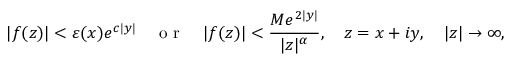
\vert f ( z ) \vert < \varepsilon ( x ) e ^ { c \vert y \vert } \quad \textrm { o r } \quad \vert f ( z ) \vert < \frac { M e ^ { 2 \vert y \vert } } { \vert z \vert ^ { \alpha } } , \quad z = x + i y , \quad \vert z \vert \to \infty ,